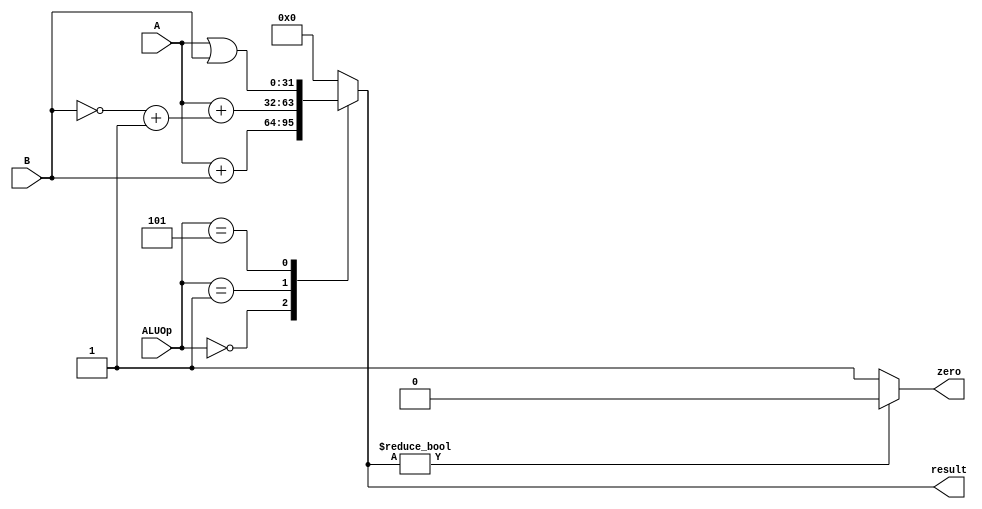
module ALU(A, B, ALUOp, zero, result);
  input [31:0] A, B;
  input [2:0] ALUOp;
  reg [31:0] reg_A,reg_B;
  output zero;
  output reg [31:0] result;
  initial begin
         result = 0;
  end
  assign zero = (result? 0 : 1);
  always @(A or B or ALUOp) begin
    case(ALUOp)
      3'b000: begin reg_A=A; reg_B=B; result = reg_A + reg_B; end
      3'b001: begin reg_A=A; reg_B=(~B+1);result = reg_A + reg_B; end
      3'b101: result = A | B;
      default: result = 0;
    endcase
  end
endmodule